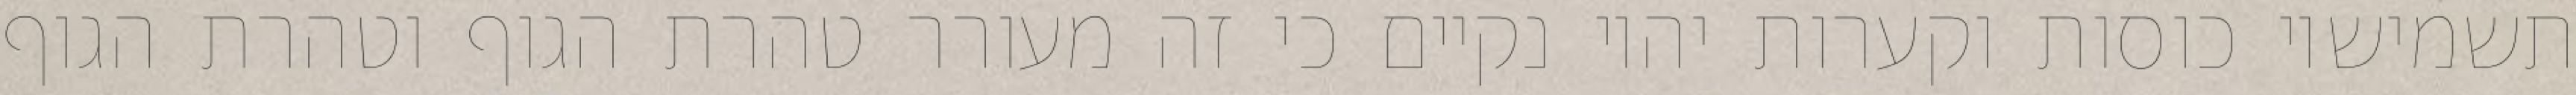
תשמישיו כוסות וקערות יהיו נקיים כי זה מעורר טהרת הגוף וטהרת הגוף